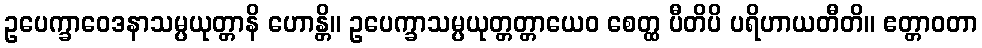
ဥပေက္ခာဝေဒနာသမ္ပယုတ္တာနိ ဟောန္တိ။ ဥပေက္ခာသမ္ပယုတ္တတ္တာယေဝ စေတ္ထ ပီတိပိ ပရိဟာယတီတိ။ ဧတ္တာဝတာ